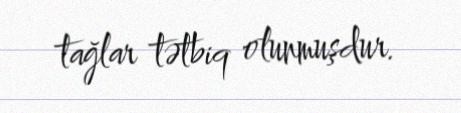
tağlar tətbiq olunmuşdur.